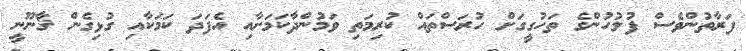
ފަރާތުންވެސް ފުލުހުންގެ ތަހުގީގަށް ހުރަސްތައް ކުރިމަތި ވަމުންދާކަމަށާއި އެފަދަ ކަމަކާއި ގުޅިގެން ޤާނޫނީ